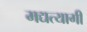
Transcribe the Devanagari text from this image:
मद्यत्यागी